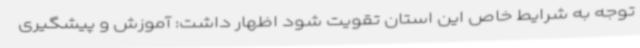
توجه به شرایط خاص این استان تقویت شود اظهار داشت: آموزش و پیشگیری